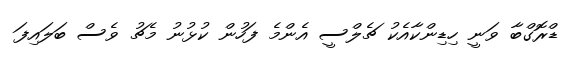
ޑްރޮގްބާ ވަނީ ހިޑިންކާއެކު ޗެލްސީ އެންމެ ފަހުން ކުޅުނު މެޗު ވެސް ބަލައިފަ